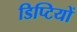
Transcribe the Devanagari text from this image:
डिप्टियों